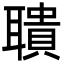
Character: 聵